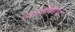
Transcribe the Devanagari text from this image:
नाट्यविद्येची